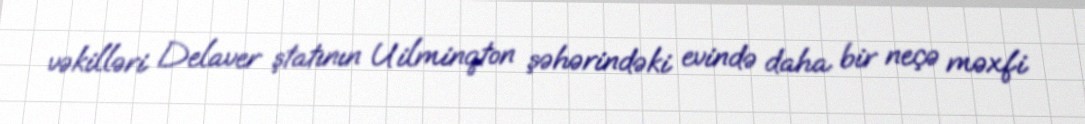
vəkilləri Delaver ştatının Uilminqton şəhərindəki evində daha bir neçə məxfi